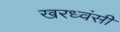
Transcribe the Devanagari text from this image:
खरध्वंसी